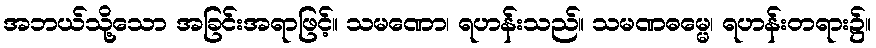
အဘယ်သို့သော အခြင်းအရာဖြင့်။ သမဏော၊ ရဟန်းသည်။ သမဏဓမ္မေ၊ ရဟန်းတရား၌။